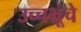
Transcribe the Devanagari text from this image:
उच्चभ्रूंचे